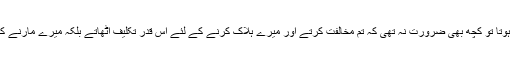
اگر یہ کاروبار انسان کا ہوتا تو کچھ بھی ضرورت نہ تھی کہ تم مخالفت کرتے اور میرے ہلاک کرنے کے لئے اس قدر تکلیف اٹھاتے بلکہ میرے مارنے کے لئے خدا ہی کافی تھا۔